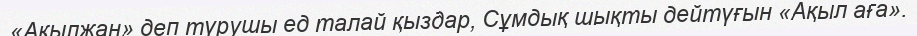
«Ақылжан» деп түрушы ед талай қыздар, Сұмдық шықты дейтүғын «Ақыл аға».